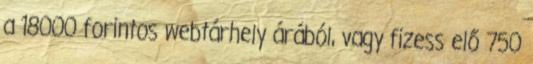
a 18000 forintos webtárhely árából, vagy fizess elő 750